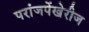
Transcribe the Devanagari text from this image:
परांजपेंखेरीज